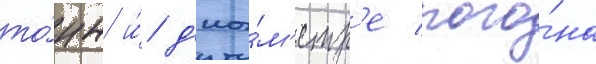
то́нн и́ д'иа́м'етр'е пого́на